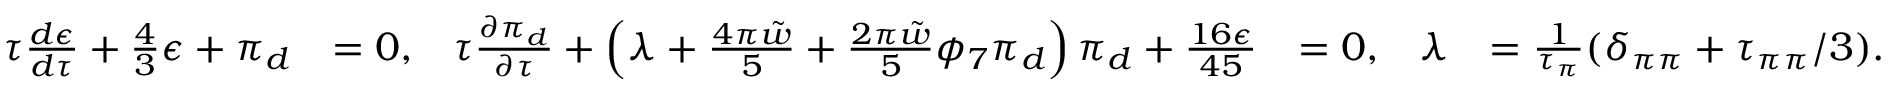
\begin{array} { r l r l r l } { \tau \frac { d \epsilon } { d \tau } + \frac { 4 } { 3 } \epsilon + \pi _ { d } } & { = 0 , } & { \tau \frac { \partial \pi _ { d } } { \partial \tau } + \left( \lambda + \frac { 4 \pi \tilde { w } } { 5 } + \frac { 2 \pi \tilde { w } } { 5 } \phi _ { 7 } \pi _ { d } \right) \pi _ { d } + \frac { 1 6 \epsilon } { 4 5 } } & { = 0 , } & { \lambda } & { = \frac { 1 } { \tau _ { \pi } } ( \delta _ { \pi \pi } + \tau _ { \pi \pi } / 3 ) . } \end{array}